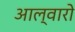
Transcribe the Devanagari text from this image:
आल्वारो